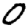
Digit: 0